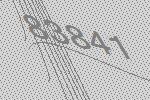
83841